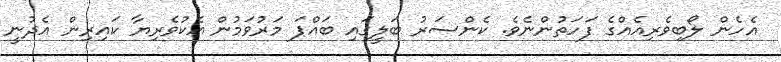
އެހެން ލޯބިވެރިއެއްގެ ފަހަތުންނެވެ. ކެންސަރު ބަލީގައި ބައްޕަ މަރުވަމުން އެކުވެރިޔާ ކައިރިން އެދުނީ